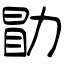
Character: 勖